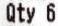
QTY 6